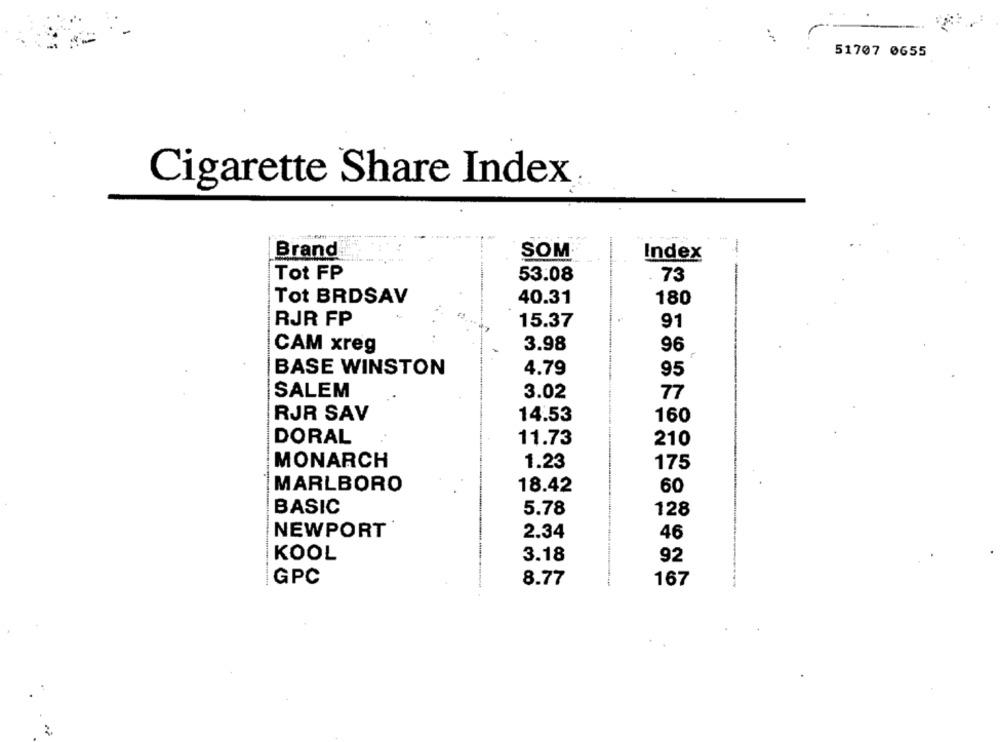
51707 0655
Cigarette Share Index
-
Brand
SOM®
Index
Tot FP
53.08
73
Tot BRDSAV
40.31
180
RJR FP
15.37
91
CAM xreg
3.98
96
BASE WINSTON
4.79
95
SALEM
3.02
77
RJR SAV
14.53
160
DORAL
11.73
210
MONARCH
1.23
175
MARLBORO
18.42
60
BASIC
5.78
128
NEWPORT
2.34
46
KOOL
3.18
92
GPC
8.77
167